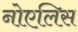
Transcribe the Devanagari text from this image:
नोएलिस